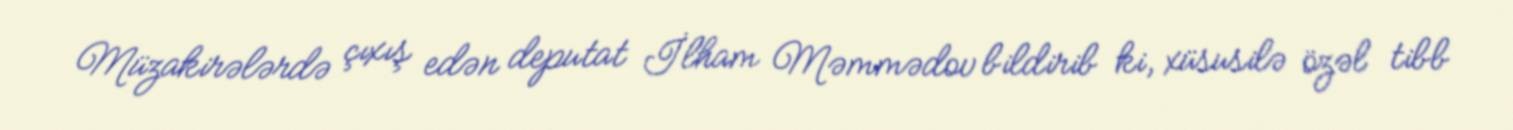
Müzakirələrdə çıxış edən deputat İlham Məmmədov bildirib ki, xüsusilə özəl tibb